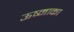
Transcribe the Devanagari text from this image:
ऊष्माका